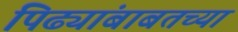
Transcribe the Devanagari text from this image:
पिढ्यांबाबतच्या